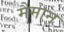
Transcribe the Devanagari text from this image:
मैमान